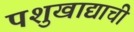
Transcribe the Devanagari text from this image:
पशुखाद्याची